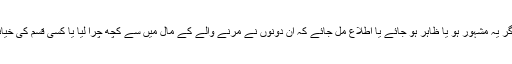
1 پھر اگر یہ مشہور ہو یا ظاہر ہو جائے یا اطلاع مل جائے کہ ان دونوں نے مرنے والے کے مال میں سے کچھ چرا لیا یا کسی قسم کی خیانت کی ۔